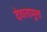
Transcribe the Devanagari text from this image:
देवतामुरा